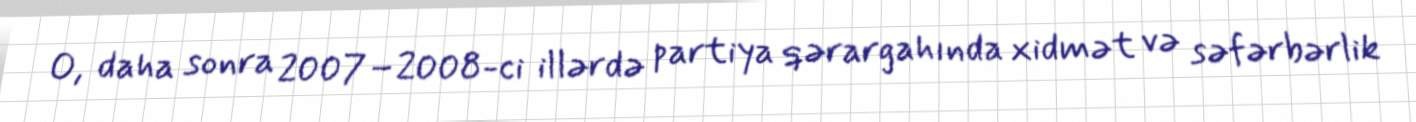
O, daha sonra 2007–2008-ci illərdə partiya qərargahında xidmət və səfərbərlik